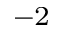
^ { - 2 }